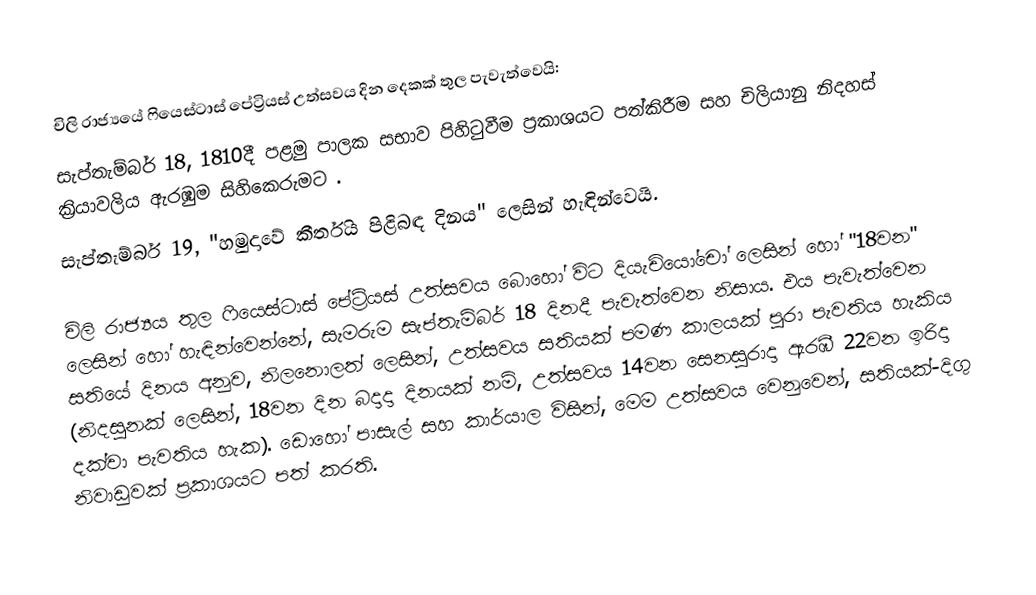
චිලි රාජ්‍යයේ  ෆියෙස්ටාස් පේට්‍රියස් උත්සවය දින දෙකක් තුල පැවැත්වෙයි:
සැප්තැම්බර් 18, 1810දී පළමු පාලක සභාව පිහිටුවීම ප්‍රකාශයට පත්කිරීම සහ චිලියානු නිදහස් ක්‍රියාවලිය ඇරඹුම සිහිකෙරුමට .
සැප්තැම්බර් 19, "හමුදාවේ කීර්තිය පිළිබඳ දිනය" ලෙසින් හැඳින්වෙයි.

චිලි රාජ්‍යය තුල ෆියෙස්ටාස් පේට්‍රියස් උත්සවය බොහෝ විට දියැචියෝචෝ  ලෙසින් හෝ "18වන" ලෙසින් හෝ හැඳින්වෙන්නේ, සැමරුම සැප්තැම්බර් 18 දිනදී පැවැත්වෙන නිසාය.  එය  පැවැත්වෙන සතියේ දිනය අනුව, නිලනොලත් ලෙසින්, උත්සවය සතියක් පමණ කාලයක් පුරා පැවතිය හැකිය (නිදසුනක් ලෙසින්, 18වන දින බදාදා දිනයක් නම්, උත්සවය 14වන සෙනසුරාදා ඇරඹී 22වන ඉරිදා දක්වා පැවතිය හැක). ඩොහෝ පාසැල් සහ කාර්යාල විසින්, මෙම උත්සවය වෙනුවෙන්, සතියක්-දිගු නිවාඩුවක් ප්‍රකාශයට පත් කරති.